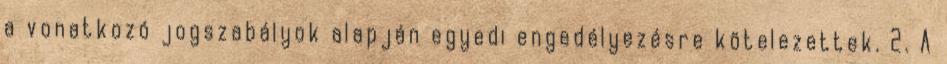
a vonatkozó jogszabályok alapján egyedi engedélyezésre kötelezettek. 2. A